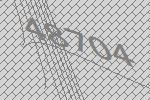
48704